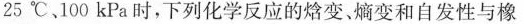
25℃。100kPa时，下列化学反应的焓变、熵变和自发性与橡